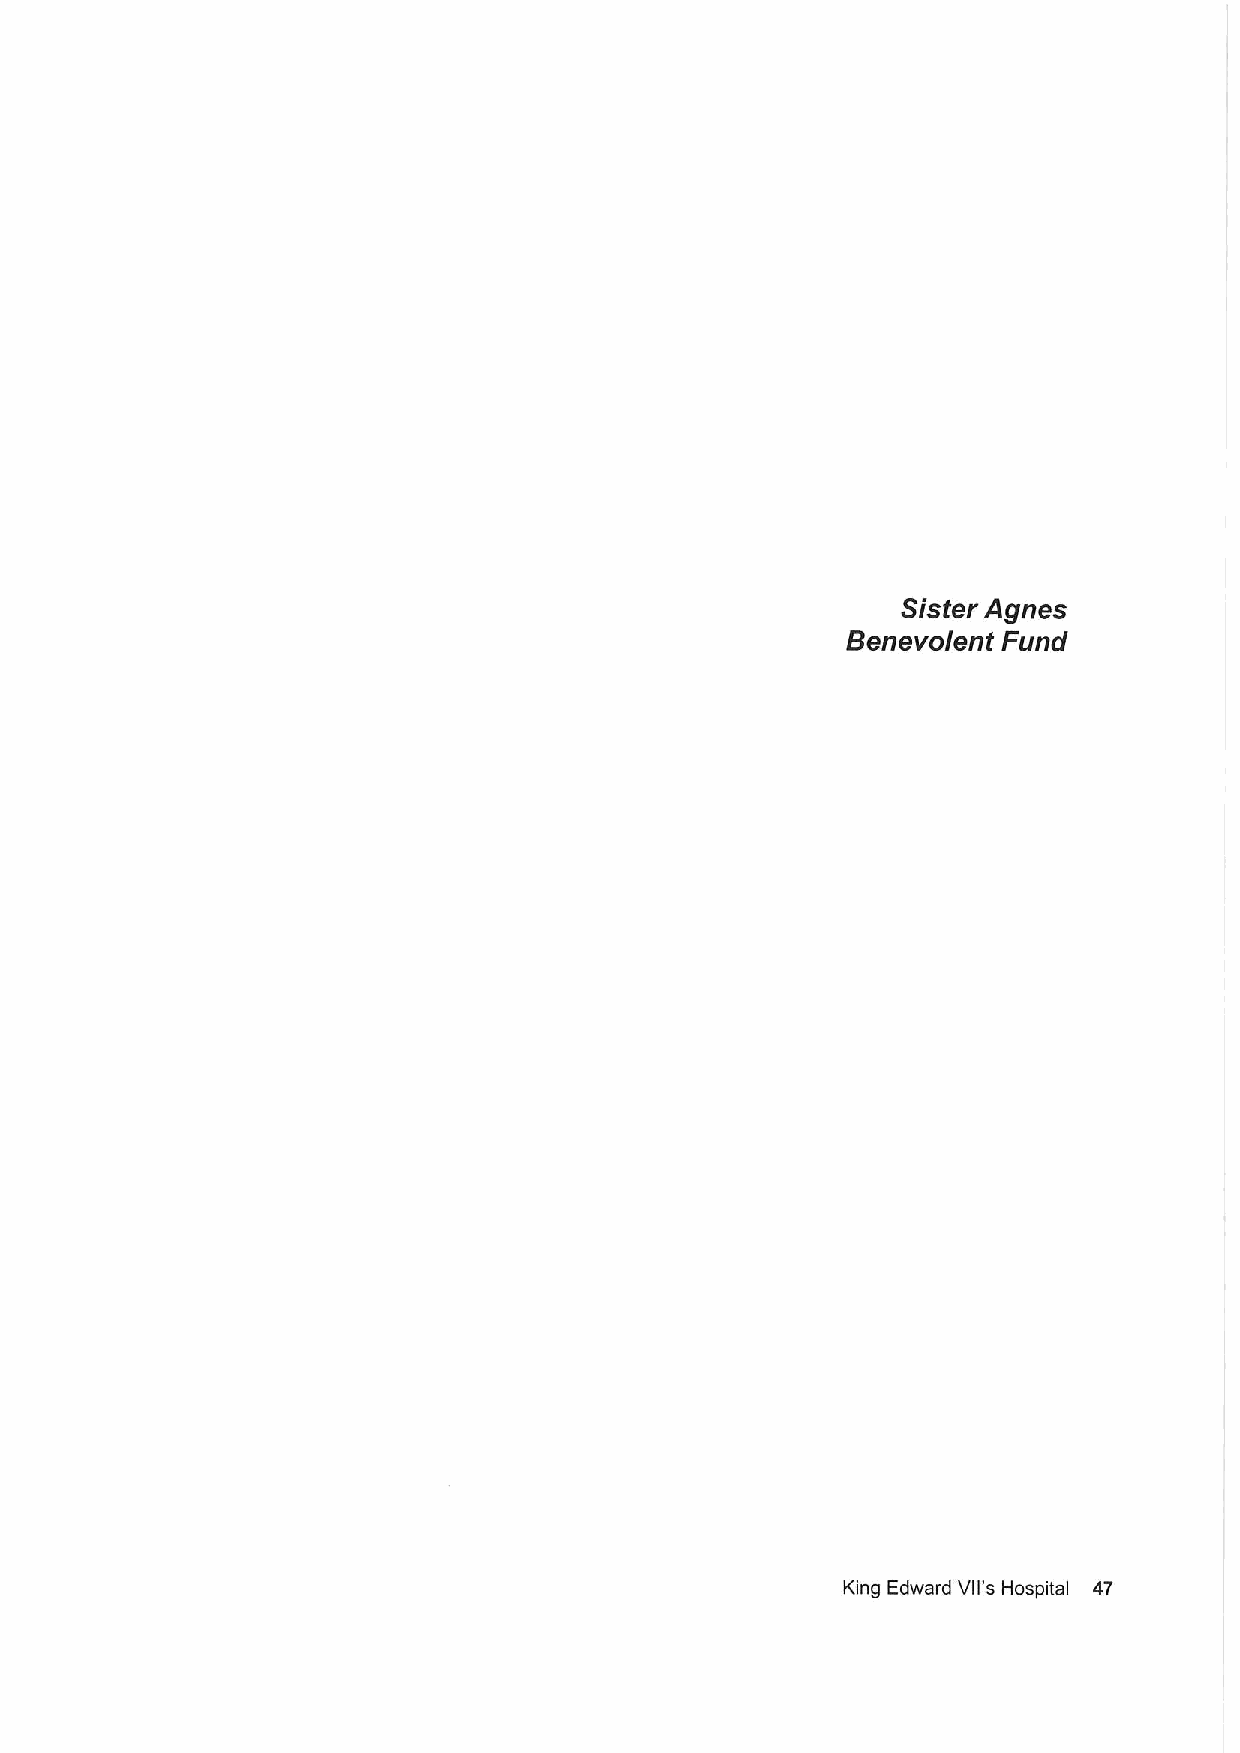
Sister Agnes
 Benevolent Fund
 King Edward VII's Hospital 47